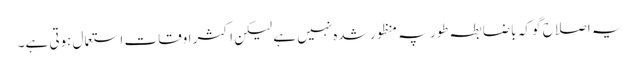
یہ اصلاح گو کہ باضابطہ طور پہ منظور شدہ نہیں ہے لیکن اکثر اوقات استعمال ہوتی ہے۔